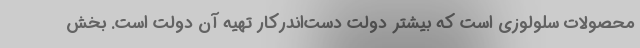
محصولات سلولوزی است که بیشتر دولت دست‌اندرکار تهیه آن دولت است. بخش